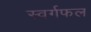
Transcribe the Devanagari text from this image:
स्वर्गफल